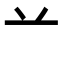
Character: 䒑